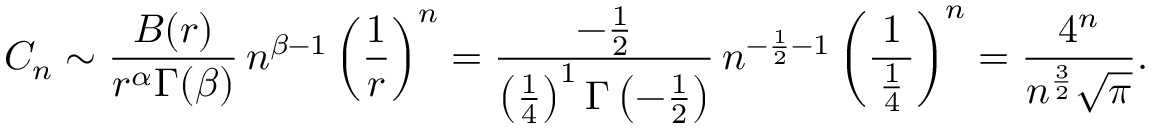
C _ { n } \sim { \frac { B ( r ) } { r ^ { \alpha } \Gamma ( \beta ) } } \, n ^ { \beta - 1 } \left( { \frac { 1 } { r } } \right) ^ { n } = { \frac { - { \frac { 1 } { 2 } } } { \left( { \frac { 1 } { 4 } } \right) ^ { 1 } \Gamma \left( - { \frac { 1 } { 2 } } \right) } } \, n ^ { - { \frac { 1 } { 2 } } - 1 } \left( { \frac { 1 } { \, { \frac { 1 } { 4 } } \, } } \right) ^ { n } = { \frac { 4 ^ { n } } { n ^ { \frac { 3 } { 2 } } { \sqrt { \pi } } } } .